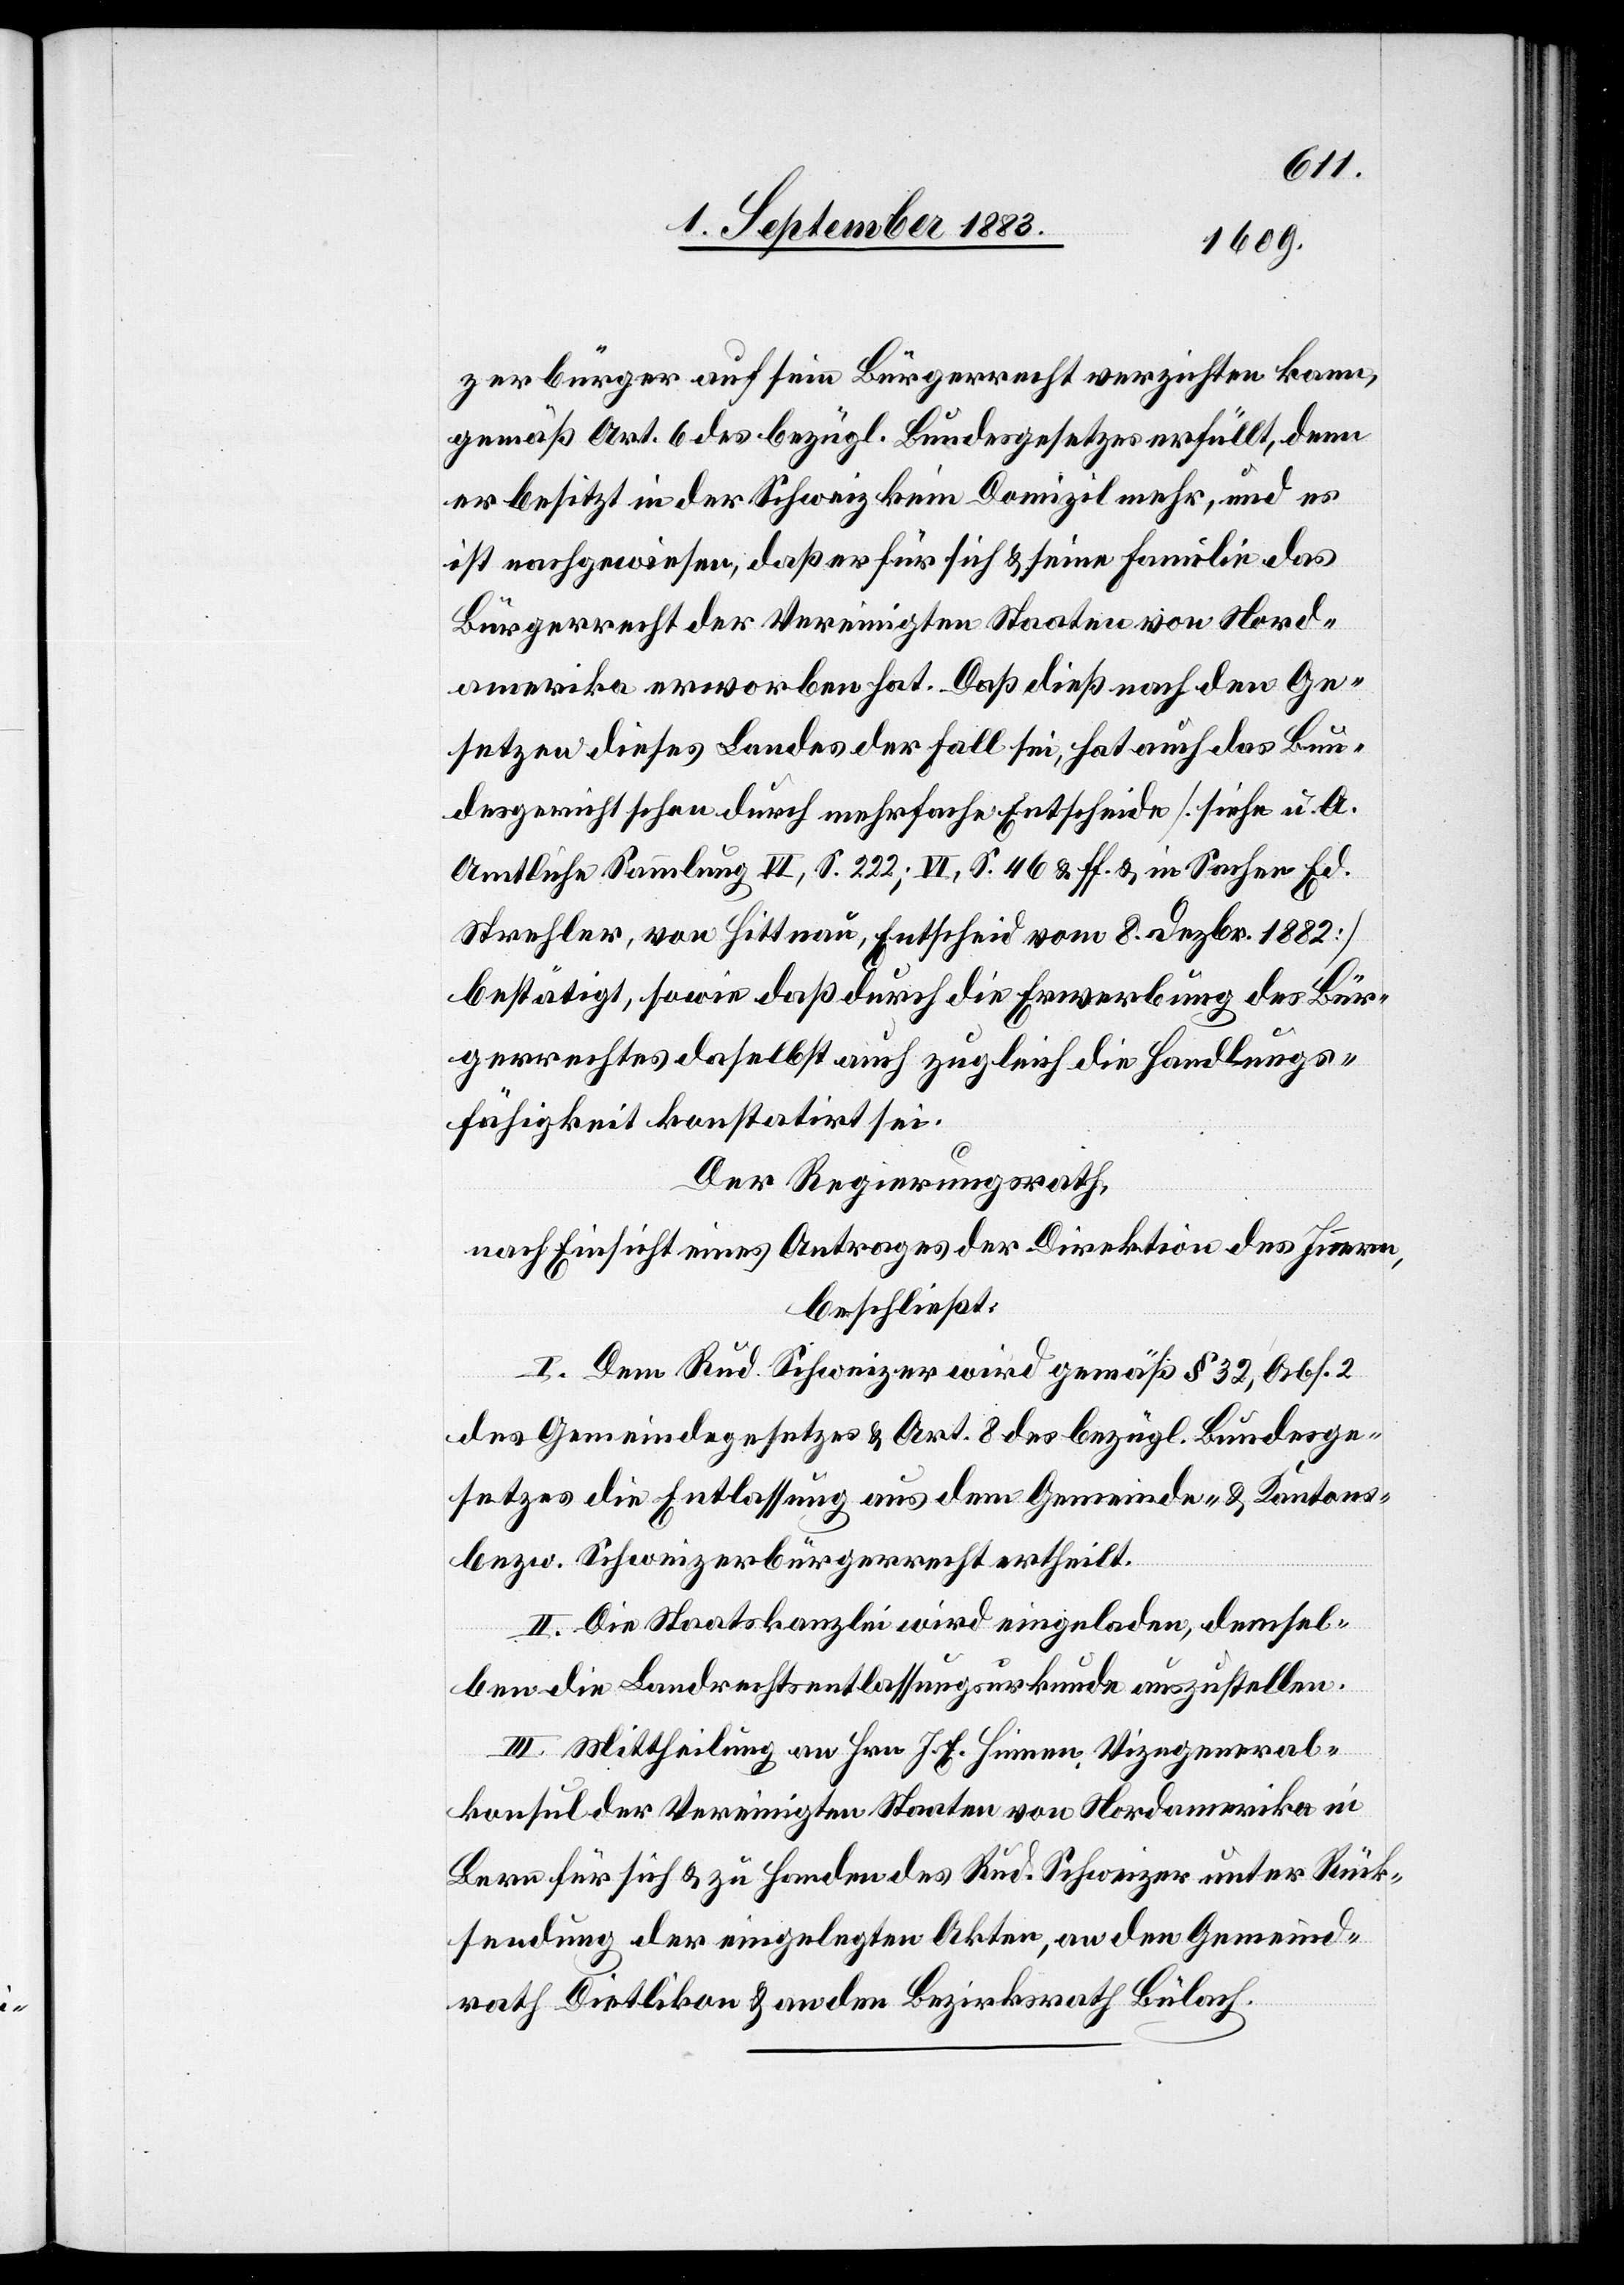
zerbürger auf sein Bürgerrecht verzichten kann,
gemäß Art. 6 des bezügl. Bundesgesetzes erfüllt, denn
er besitzt in der Schweiz kein Domizil mehr, und es
ist nachgewiesen, daß er für sich & seine Familie das
Bürgerrecht der Vereinigten Staaten von Nord¬
amerika erworben hat. Daß dieß nach den Ge¬
setzen dieses Landes der Fall sei, hat auch das Bun¬
desgericht schon durch mehrfache Entscheide [siehe u. A.
Amtliche Sammlung VI, S. 222; VI, S. 46 & ff. & in Sachen Ed.
Strehler, von Hittnau, Entscheid vom 8. Dezbr. 1882]
bestätigt, sowie daß durch die Erwerbung des Bür¬
gerrechtes daselbst auch zugleich die Handlungs¬
fähigkeit konstatirt sei.
Der Regierungsrath,
nach Einsicht eines Antrages der Direktion des Innern,
beschließt:
I. Dem Rud. Schweizer wird gemäß § 32, Abs. 2
des Gemeindegesetzes & Art. 8 des bezügl. Bundesge¬
setzes die Entlassung aus dem Gemeinde- & Kantons-
bezw. Schweizerbürgerrecht ertheilt.
II. Die Staatskanzlei wird eingeladen, demsel¬
ben die Landrechtsentlassungsurkunde auszustellen.
III. Mittheilung an Hrn. J. E. Hinnen, Vizegeneral¬
konsul der Vereinigten Staaten von Nordamerika in
Bern für sich & zu handen des Rud. Schweizer unter Rück¬
sendung der eingelegten Akten, an den Gemeind¬
rath Dietlikon & an den Bezirksrath Bülach.